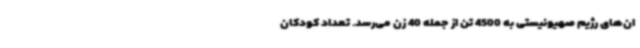
ان‌های رژیم صهیونیستی به 4500 تن از جمله 40 زن می‌رسد. تعداد کودکان